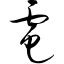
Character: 电